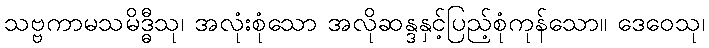
သဗ္ဗကာမသမိဒ္ဓီသု၊ အလုံးစုံသော အလိုဆန္ဒနှင့်ပြည့်စုံကုန်သော။ ဒေဝေသု၊